Veterinary regulations India, 1939 -
Year: 1939
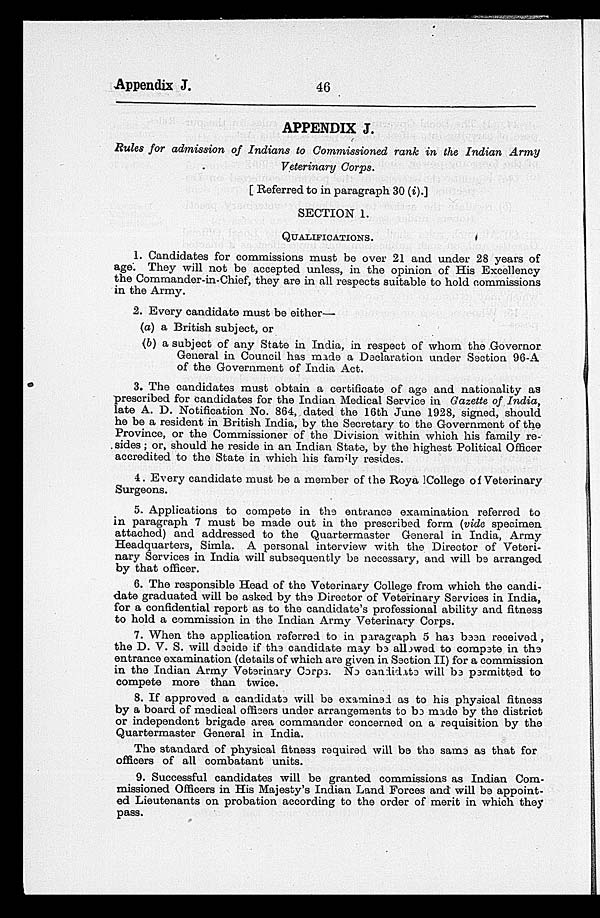
Appendix J.
46
APPENDIX J.
Rules for admission of Indians to Commissioned rank in the Indian
Army
Veterinary Corps.
[Referred to in paragraph 30 (i).]
SECTION 1.
QUALIFICATIONS .
1. Candidates for commissions must be over 21 and under 28 years of
age. They will not be accepted unless, in the opinion of His Excellency
the Commander-in-Chief, they are in all respects suitable to hold commissions
in the Army.
2. Every candidate must be either—
(a) a British subject, or
(b) a subject of any State in India, in respect of whom the Governor
General in Council has made a Declaration under Section 96-A
of the Government of India Act.
3. The candidates must obtain a certificate of age and nationality as
prescribed for candidates for the Indian Medical Service in Gazette of India,
late A. D. Notification No. 864, dated the 16th June 1928, signed, should
he be a resident in British India, by the Secretary to the Government of the
Province, or the Commissioner of the Division within which his family re-
sides ; or, should he reside in an Indian State, by the highest Political Officer
accredited to the State in which his family resides.
4. Every candidate must be a member of the Royal College of Veterinary
Surgeons.
5. Applications to compete in the entrance examination referred to
in paragraph 7 must be made out in the prescribed form (vide specimen
attached) and addressed to the Quartermaster General in India, Army
Headquarters, Simla. A personal interview with the Director of Veteri-
nary Services in India will subsequently be necessary, and will be arranged
by that officer.
6. The responsible Head of the Veterinary College from which the candi-
date graduated will be asked by the Director of Veterinary Services in India,
for a confidential report as to the candidate's professional ability and fitness
to hold a commission in the Indian Army Veterinary Corps.
7. When the application referred to in paragraph 5 has been received ,
the D. V. S. will decide if the candidate may be allowed to compete in the
entrance examination (details of which are given in Section II) for a commission
in the Indian Army Veterinary Corps. No candidate will be permitted to
compete more than twice.
8. If approved a candidate will be examined as to his physical fitness
by a board of medical officers under arrangements to be made by the district
or independent brigade area commander concerned on a requisition by the
Quartermaster General in India.
The standard of physical fitness required will be the same as that for
officers of all combatant units.
9. Successful candidates will be granted commissions as Indian Com-
missioned Officers in His Majesty's Indian Land Forces and will be appoint-
ed Lieutenants on probation according to the order of merit in which they
pass.